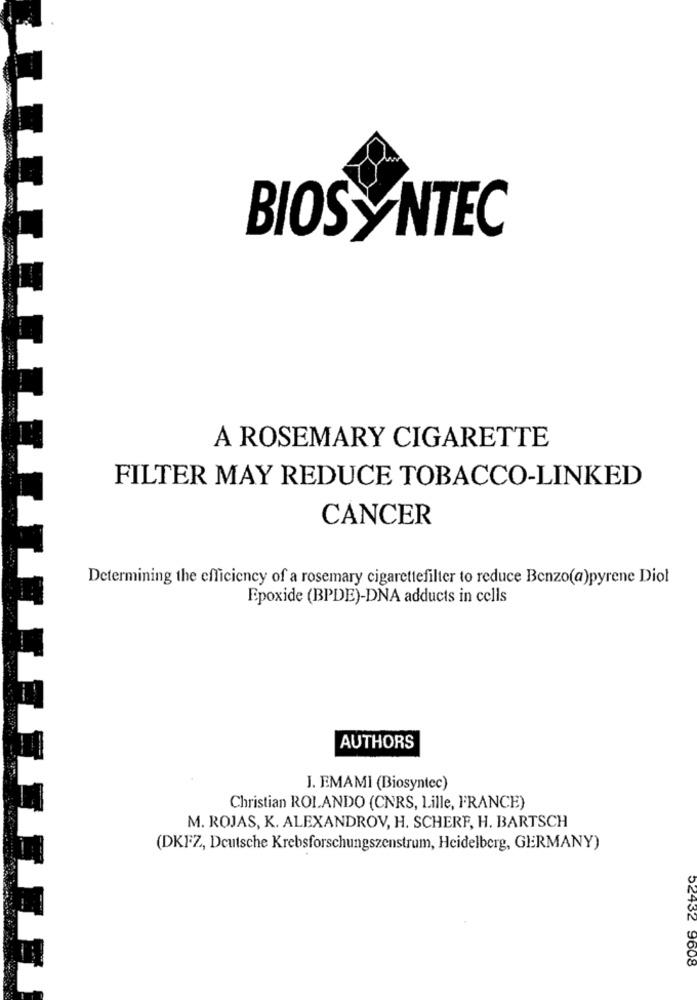
BIOS YNTEC
A ROSEMARY CIGARETTE
FILTER MAY REDUCE TOBACCO-LINKED
CANCER
Determining the efficiency of a rosemary cigarettefilter to reduce Benzo(a)pyrene Diol
Epoxide (BPDE)-DNA adducts in cells
AUTHORS
J. EMAMI (Biosyntec)
Christian ROLANDO (CNRS, Lille, FRANCE)
M. ROJAS, K. ALEXANDROV, H. SCHERF, H. BARTSCH
(DKFZ, Deutsche Krebsforschungszentrum, Heidelberg, GERMANY)
02432 9608